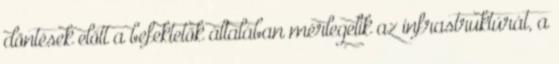
döntések előtt a befektetők általában mérlegelik az infrastruktúrát, a